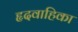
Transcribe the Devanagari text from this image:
हृदवाहिका